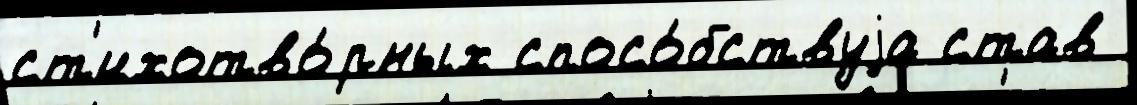
ст'ихотво́рных спосо́бствуjа став